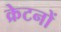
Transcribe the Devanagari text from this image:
क्रेटनों